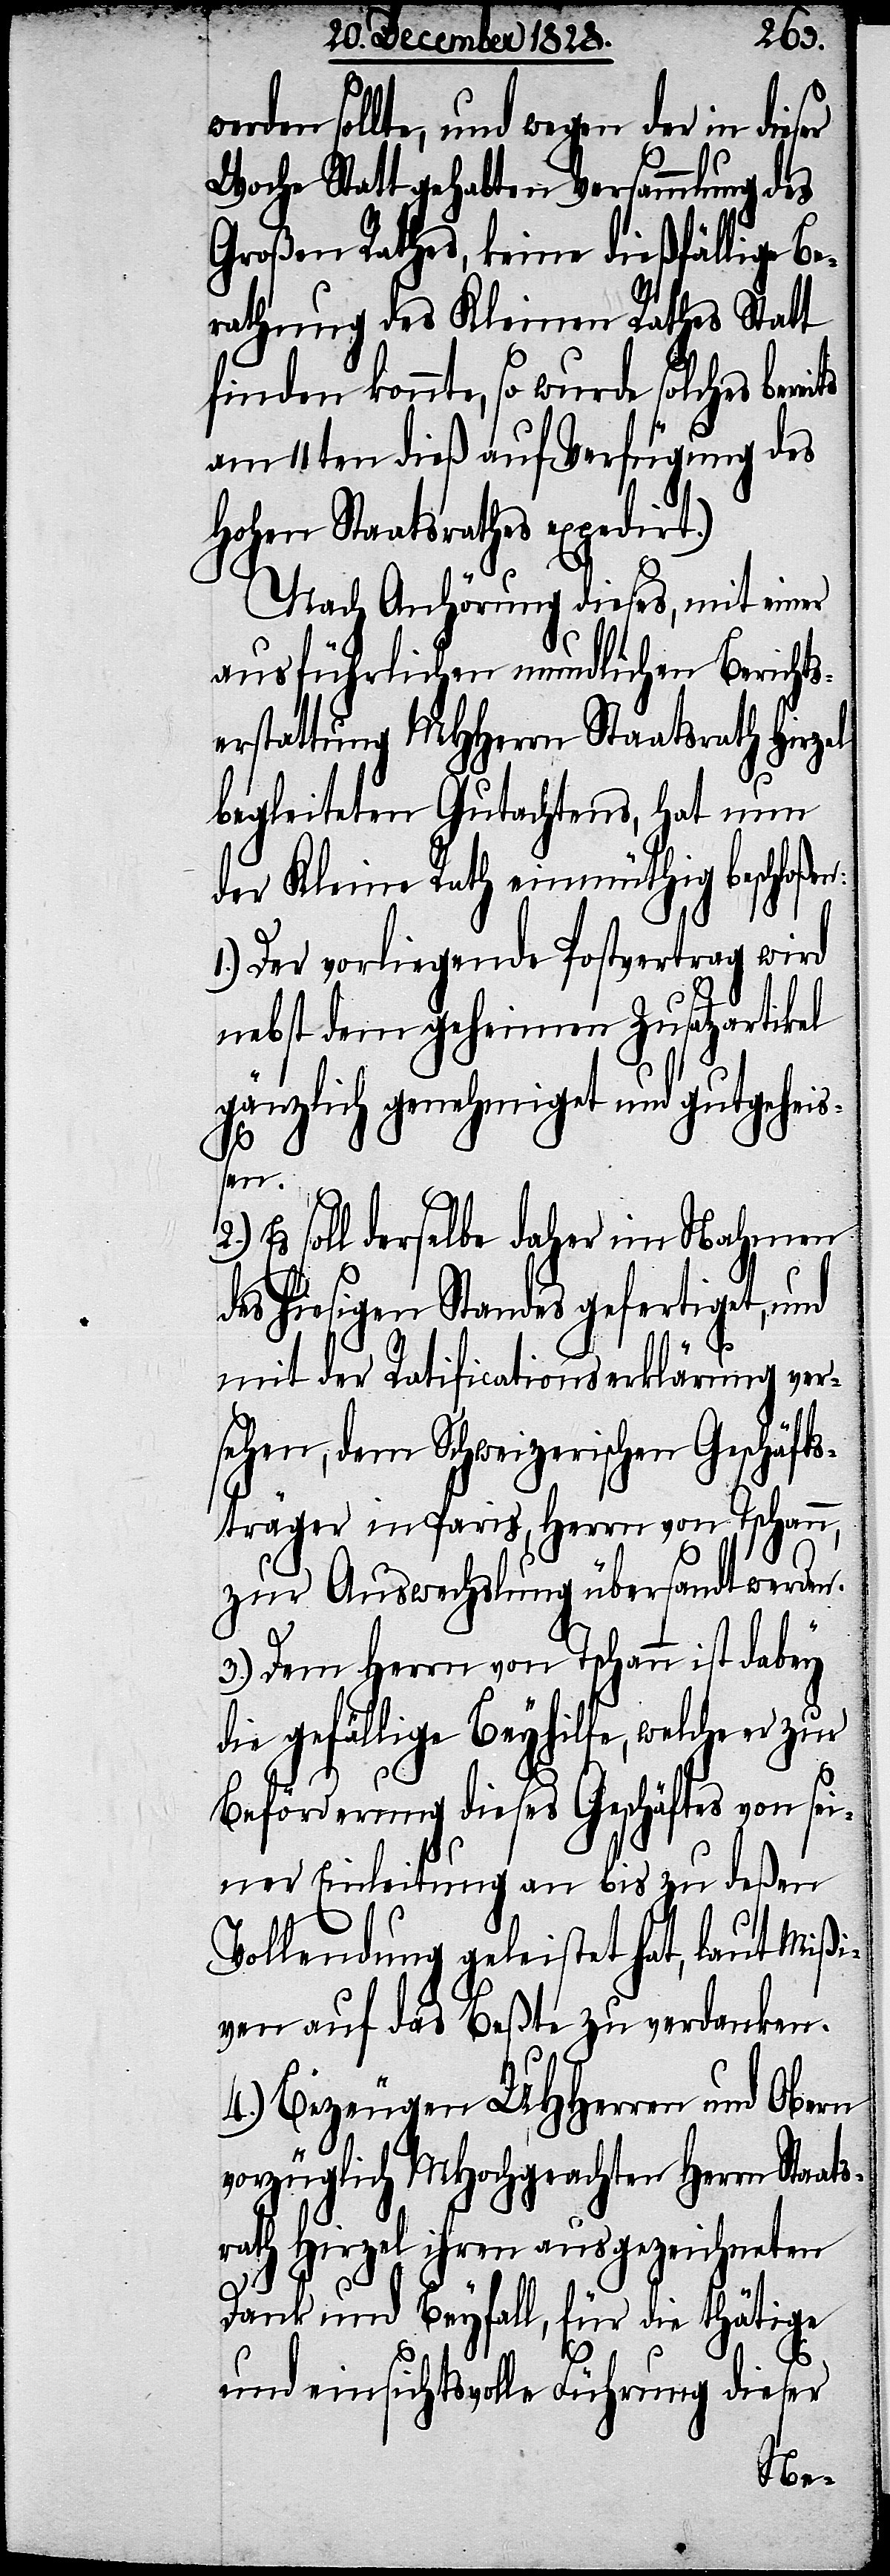
2.)
rden sollte und wegen der in dieser
Woche Statt gehabten Versammlung des
Großen Rathes, keine dießfällige Be¬
rathung des Kleine Rathes Statt
finden konnte, so wurde solches berei¬
am 11ten dieß auf Verfügung des
Hohen Staatsrathes expedirt.)
Nach Anhörung dieses, mit einer
ausführlichen mundlichen Bericht¬
erstattung MHHerrn Staatsrath Hirzel
ts
begleiteten Gutachtens, hat nun
der Kleine Rath einmüthig beschloß¬
1.) Der vorliegende Postvertrag wird
nebst dem geheimen Zusatzartikel
gänzlich genehmiget und gutgeheiß¬
en.
Es soll derselbe daher im Nahmen
des hiesigen Standes gefertiget, und
mit der Ratificationserklärung ver¬
sehen, dem Schweizerischen Geschäfts¬
träger in Paris, Herrn von Tschann,
zur Auswechslung übersandt werden.
3.) Dem Herrn von Tschann ist dabey
die gefällige Beyhilfe, welche er
Beförderung dieses Geschäftes von sei¬
ner Einleitung an bis zu deßen
Vollendung geleistet hat, laut Mißi¬
ven auf das Beßte zu verdanken.
4.) Bezeugen UHHerren und Obern
vorzüglich MHochgeachten Herrn Staa¬
rath Hirzel ihren ausgezeichneten
Dank und Beyfall für die thätige
und einsichtsvolle Führung dieser
ts¬